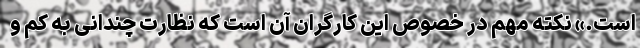
است.» نکته مهم در خصوص این کارگران آن است که نظارت چندانی به کم و